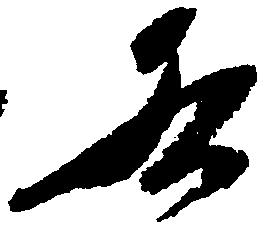
各